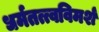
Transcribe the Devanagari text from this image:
धर्मतत्त्वविमर्श